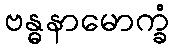
ဗန္ဓနာမောက္ခံ